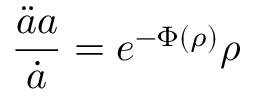
\frac { \ddot { a } a } { \dot { a } } = e ^ { - \Phi ( \rho ) } \rho